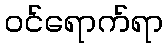
ဝင်ရောက်ရာ